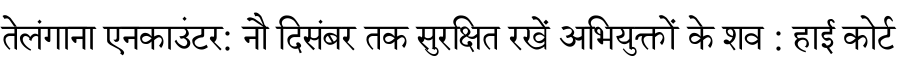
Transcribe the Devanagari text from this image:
तेलंगाना एनकाउंटर: नौ दिसंबर तक सुरक्षित रखें अभियुक्तों के शव : हाई कोर्ट